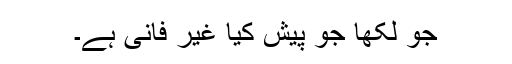
جو لکھا جو پیش کیا غیر فانی ہے۔